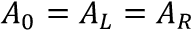
A _ { 0 } = A _ { L } = A _ { R }